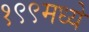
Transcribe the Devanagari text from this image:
१९९मध्ये